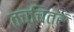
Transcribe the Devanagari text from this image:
तच्चित्रं